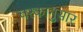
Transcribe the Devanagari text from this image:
चरकानुसार